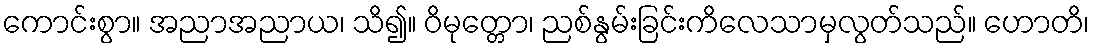
ကောင်းစွာ။ အညာအညာယ၊ သိ၍။ ဝိမုတ္တော၊ ညစ်နွမ်းခြင်းကိလေသာမှလွတ်သည်။ ဟောတိ၊